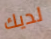
لديك